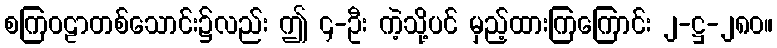
စကြဝဠာတစ်သောင်း၌လည်း ဤ ၄-ဦး ကဲ့သို့ပင် မှည့်ထားကြကြောင်း ၂-ဋ္ဌ-၂၈၀။